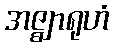
အဇ္ဈာရုဟံ